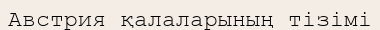
Австрия қалаларының тізімі